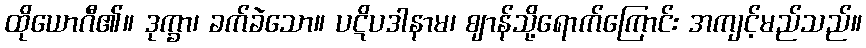
ထိုယောဂီ၏။ ဒုက္ခာ၊ ခက်ခဲသော။ ပဋိပဒါနာမ၊ ဈာန်သို့ရောက်ကြောင်း အကျင့်မည်သည်။